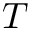
T